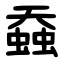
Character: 䗞